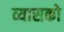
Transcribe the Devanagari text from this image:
व्यासको